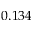
0 . 1 3 4